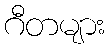
ဂီတများ